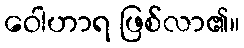
ဝေါဟာရ ဖြစ်လာ၏။